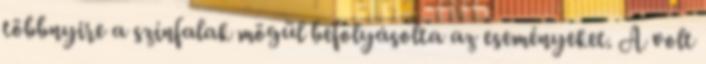
többnyire a színfalak mögül befolyásolta az eseményeket. A volt